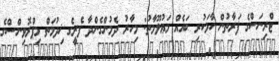
ޓްރިނަސްގެ ފަރާތުން ހާމަކުރި ބައެއް މަޢުލޫމާތު: މިހާރު ދެމުންގެންދާ ފެރީގެ ޚިދުމަތް މިޕްރޮވިންސްގެ